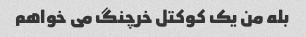
بله من یک کوکتل خرچنگ می خواهم